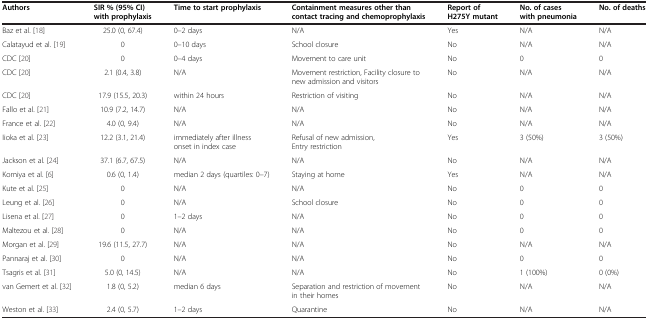
| Authors | SIR % (95% CI) with prophylaxis | Time to start prophylaxis | Containment measures other than contact tracing and chemoprophylaxis | Report of H275Y mutant | No. of cases with pneumonia | No. of deaths |
 | --- | --- | --- | --- | --- | --- | --- |
 | Baz et al. [18] | 25.0 (0, 67.4) | 0–2 days | N/A | Yes | N/A | N/A |
 | Calatayud et al. [19] | 0 | 0–10 days | School closure | No | N/A | N/A |
 | CDC [20] | 0 | 0–4 days | Movement to care unit | No | 0 | 0 |
 | CDC [20] | 2.1 (0.4, 3.8) | N/A | Movement restriction, Facility closure to new admission and visitors | No | N/A | N/A |
 | CDC [20] | 17.9 (15.5, 20.3) | within 24 hours | Restriction of visiting | No | N/A | N/A |
 | Fallo et al. [21] | 10.9 (7.2, 14.7) | N/A | N/A | No | N/A | N/A |
 | France et al. [22] | 4.0 (0, 9.4) | N/A | N/A | No | N/A | N/A |
 | Iioka et al. [23] | 12.2 (3.1, 21.4) | immediately after illness onset in index case | Refusal of new admission, Entry restriction | Yes | 3 (50%) | 3 (50%) |
 | Jackson et al. [24] | 37.1 (6.7, 67.5) | N/A | N/A | No | N/A | N/A |
 | Komiya et al. [6] | 0.6 (0, 1.4) | median 2 days (quartiles: 0–7) | Staying at home | Yes | N/A | N/A |
 | Kute et al. [25] | 0 | N/A | N/A | No | 0 | 0 |
 | Leung et al. [26] | 0 | N/A | School closure | No | 0 | 0 |
 | Lisena et al. [27] | 0 | 1–2 days | N/A | No | 0 | 0 |
 | Maltezou et al. [28] | 0 | N/A | N/A | No | 0 | 0 |
 | Morgan et al. [29] | 19.6 (11.5, 27.7) | N/A | N/A | No | N/A | N/A |
 | Pannaraj et al. [30] | 0 | N/A | N/A | No | 0 | 0 |
 | Tsagris et al. [31] | 5.0 (0, 14.5) | N/A | N/A | No | 1 (100%) | 0 (0%) |
 | van Gemert et al. [32] | 1.8 (0, 5.2) | median 6 days | Separation and restriction of movement in their homes | No | N/A | N/A |
 | Weston et al. [33] | 2.4 (0, 5.7) | 1–2 days | Quarantine | No | N/A | N/A |